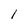
Character: l